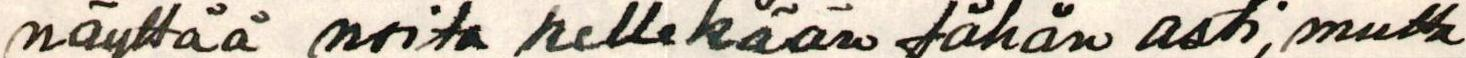
näyttää noita kellekään tähän asti, mutta